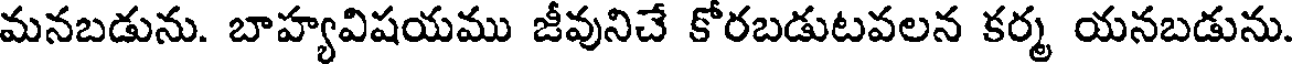
మనబడును. బాహ్యవిషయము జీవునిచే కోరబడుటవలన కర్మ యనబడును.